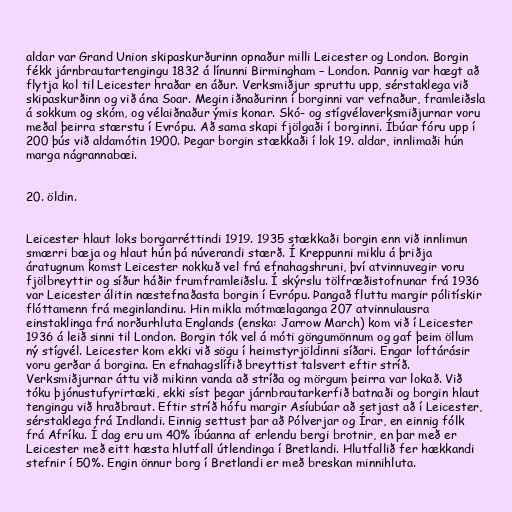
aldar var Grand Union skipaskurðurinn opnaður milli Leicester og London. Borgin
fékk járnbrautartengingu 1832 á línunni Birmingham – London. Þannig var hægt að
flytja kol til Leicester hraðar en áður. Verksmiðjur spruttu upp, sérstaklega við
skipaskurðinn og við ána Soar. Megin iðnaðurinn í borginni var vefnaður, framleiðsla
á sokkum og skóm, og vélaiðnaður ýmis konar. Skó- og stígvélaverksmiðjurnar voru
meðal þeirra stærstu í Evrópu. Að sama skapi fjölgaði í borginni. Íbúar fóru upp í
200 þús við aldamótin 1900. Þegar borgin stækkaði í lok 19. aldar, innlimaði hún
marga nágrannabæi.

20. öldin.

Leicester hlaut loks borgarréttindi 1919. 1935 stækkaði borgin enn við innlimun
smærri bæja og hlaut hún þá núverandi stærð. Í Kreppunni miklu á þriðja
áratugnum komst Leicester nokkuð vel frá efnahagshruni, því atvinnuvegir voru
fjölbreyttir og síður háðir frumframleiðslu. Í skýrslu tölfræðistofnunar frá 1936
var Leicester álitin næstefnaðasta borgin í Evrópu. Þangað fluttu margir pólitískir
flóttamenn frá meginlandinu. Hin mikla mótmælaganga 207 atvinnulausra
einstaklinga frá norðurhluta Englands (enska: Jarrow March) kom við í Leicester
1936 á leið sinni til London. Borgin tók vel á móti göngumönnum og gaf þeim öllum
ný stígvél. Leicester kom ekki við sögu í heimstyrjöldinni síðari. Engar loftárásir
voru gerðar á borgina. En efnahagslífið breyttist talsvert eftir stríð.
Verksmiðjurnar áttu við mikinn vanda að stríða og mörgum þeirra var lokað. Við
tóku þjónustufyrirtæki, ekki síst þegar járnbrautarkerfið batnaði og borgin hlaut
tengingu við hraðbraut. Eftir stríð hófu margir Asíubúar að setjast að í Leicester,
sérstaklega frá Indlandi. Einnig settust þar að Pólverjar og Írar, en einnig fólk
frá Afríku. Í dag eru um 40% íbúanna af erlendu bergi brotnir, en þar með er
Leicester með eitt hæsta hlutfall útlendinga í Bretlandi. Hlutfallið fer hækkandi
stefnir í 50%. Engin önnur borg í Bretlandi er með breskan minnihluta.